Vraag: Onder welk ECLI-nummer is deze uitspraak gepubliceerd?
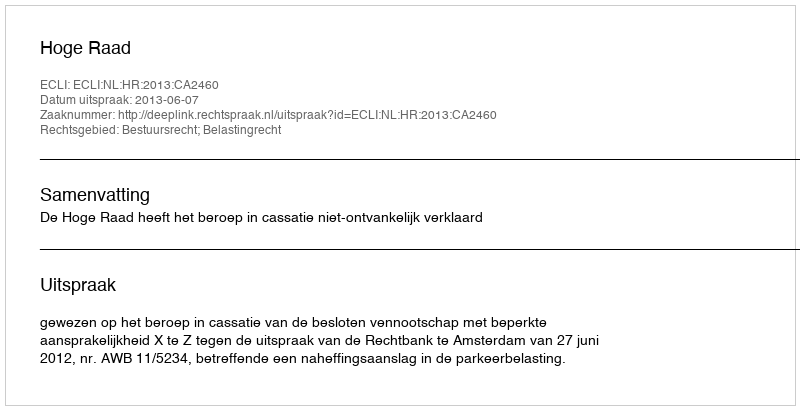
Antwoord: ECLI:NL:HR:2013:CA2460